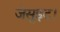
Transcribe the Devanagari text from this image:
जेसुइट।